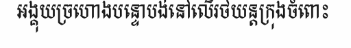
អង្គុយច្រហោងបន្ទោបង់នៅលើរថយន្តក្រុងចំពោះ